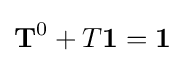
\mathbf {T} ^{0}+{T}\mathbf {1} =\mathbf {1}